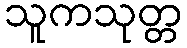
သူကသုတ္တ